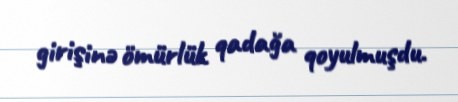
girişinə ömürlük qadağa qoyulmuşdu.